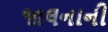
જાલનાની